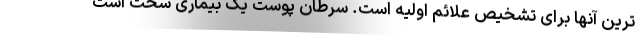
ترین آنها برای تشخیص علائم اولیه است. سرطان پوست یک بیماری سخت است